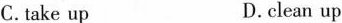
C.take up D.clean up